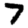
Digit: 7